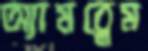
অ্যামব্লেম